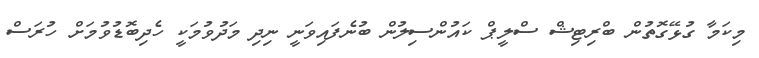
މިކަމާ ގުޅޭގޮތުން ބްރިޓިޝް ސްލީޕް ކައުންސިލުން ބުނެފައިވަނީ ނިދި މަދުވުމަކީ ހެދިބޮޑުވުމަށް ހުރަސް